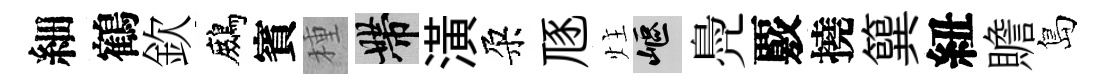
細鶴欽鷓賓種帶潢朶豗炷嶇鳧覈撓簨紐贍島